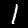
Label: 1